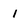
Character: 1